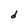
Character: d